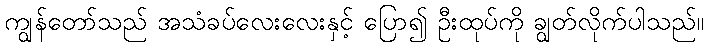
ကျွန်တော်သည် အသံခပ်လေးလေးနှင့် ပြော၍ ဦးထုပ်ကို ချွတ်လိုက်ပါသည်။